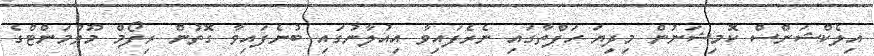
އިލެކްޝަންސް ކޮމިޝަނުން މިދިޔަ ހަފްތާގައި ނެރެފައިވާ އިއުލާނުގައި ބުނެފައިވާ ގޮތުން ރިފޯމް މޫވްމަންޓްގެ